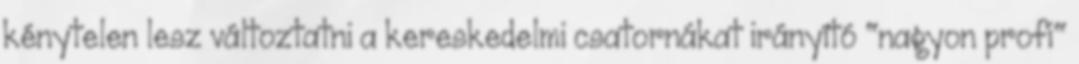
kénytelen lesz változtatni a kereskedelmi csatornákat irányító "nagyon profi"